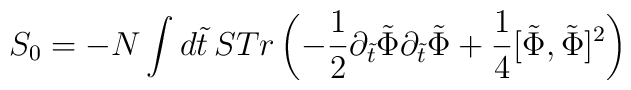
S_0 = - N \int d\tilde t \,STr \left( - \frac{1}{2} \partial_{\tilde t} \tilde\Phi \partial_{\tilde t} \tilde \Phi + \frac{1}{4} [\tilde \Phi, \tilde \Phi]^2\right)